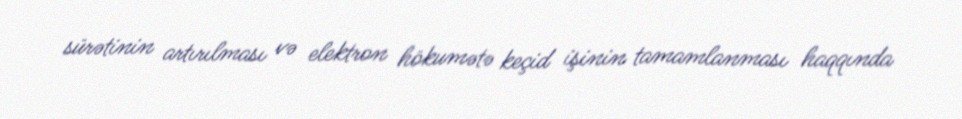
sürətinin artırılması və elektron hökumətə keçid işinin tamamlanması haqqında